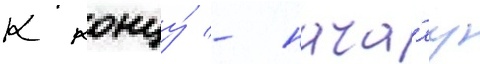
К концу́ - нача́лу